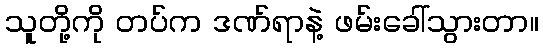
သူတို့ကို တပ်က ဒဏ်ရာနဲ့ ဖမ်းခေါ်သွားတာ။